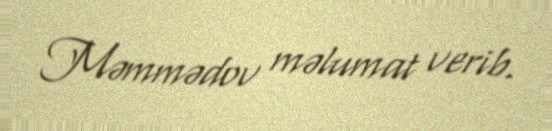
Məmmədov məlumat verib.